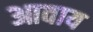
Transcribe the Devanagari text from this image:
आवाय